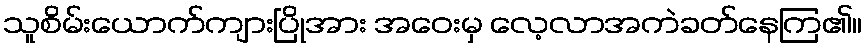
သူစိမ်းယောက်ကျားပြိုအား အဝေးမှ လေ့လာအကဲခတ်နေကြ၏။